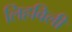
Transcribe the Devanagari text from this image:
लिहविली